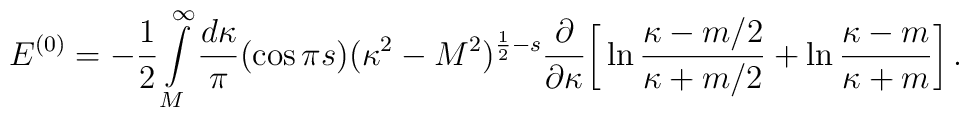
E^{(0)}=-\frac 12\int\limits_{M}^{\infty}\frac{d\kappa}{\pi}(\cos\pi s)(\kappa^{2}-M^{2})^{\frac 1 2-s}\frac{\partial}{\partial\kappa} \bigg{[}\ln\frac{\kappa-m/2}{\kappa+m/2}+\ln \frac{\kappa-m}{\kappa+m}\bigg{]} \,.